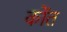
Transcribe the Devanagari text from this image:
कोंत